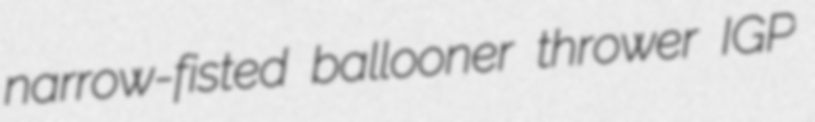
narrow-fisted ballooner thrower IGP